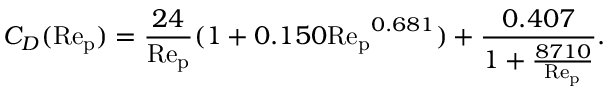
C _ { D } ( \mathrm { R e _ { p } } ) = \frac { 2 4 } { \mathrm { R e _ { p } } } ( 1 + 0 . 1 5 0 \mathrm { R e _ { p } } ^ { 0 . 6 8 1 } ) + \frac { 0 . 4 0 7 } { 1 + \frac { 8 7 1 0 } { \mathrm { R e _ { p } } } } .